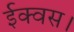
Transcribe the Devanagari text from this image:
ईक्वस।